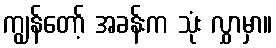
ကျွန်တော့် အခန်းက သုံး လွှာမှာ။